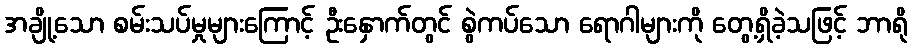
အချို့သော စမ်းသပ်မှုများကြောင့် ဦးနှောက်တွင် စွဲကပ်သော ရောဂါများကို တွေ့ရှိခဲ့သဖြင့် ဘာရို